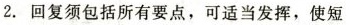
2.回复须包括所有要点,可适当发挥,使短